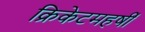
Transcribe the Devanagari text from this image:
क्रिकेटमहर्षी